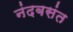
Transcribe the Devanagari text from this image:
नंदबसंत